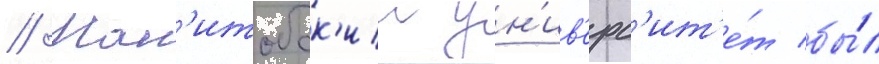
// Ман'итобск'ии ун'ив'ерс'ит'е́т бы́л